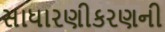
સાધારણીકરણની